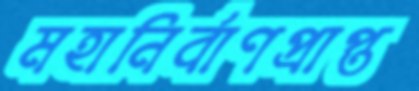
মহানির্বাণপ্রাপ্ত